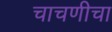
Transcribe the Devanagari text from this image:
चाचणीचा